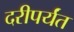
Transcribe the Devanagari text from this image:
दरीपर्यंत